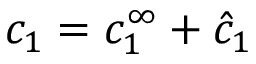
c _ { 1 } = c _ { 1 } ^ { \infty } + \hat { c } _ { 1 }